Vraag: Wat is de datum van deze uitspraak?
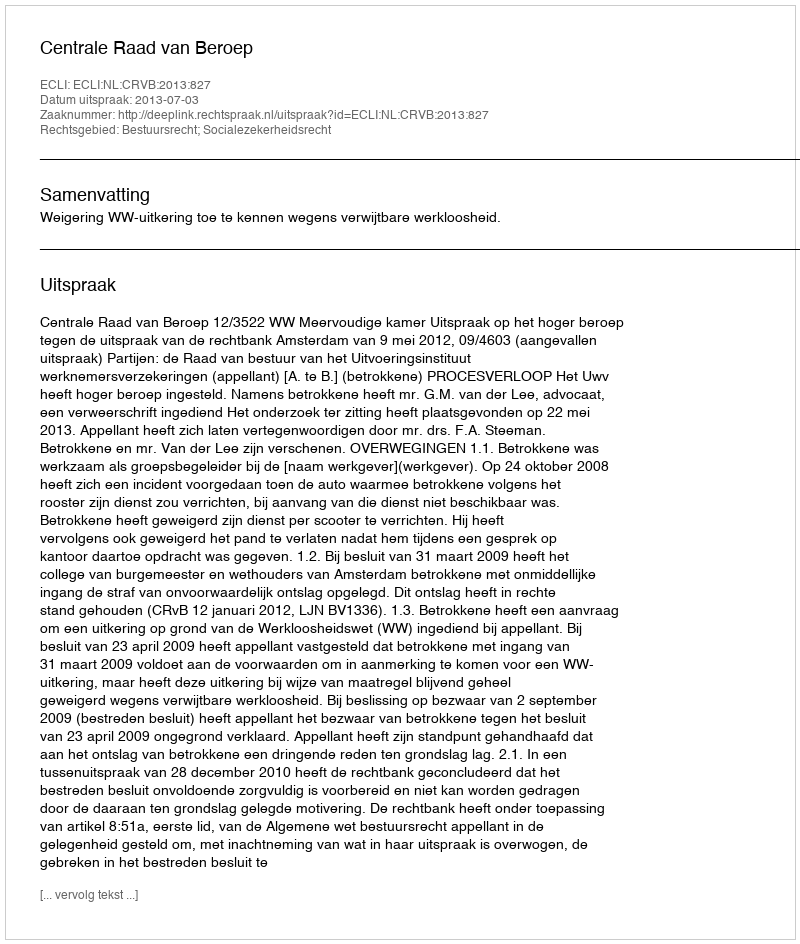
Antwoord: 2013-07-03